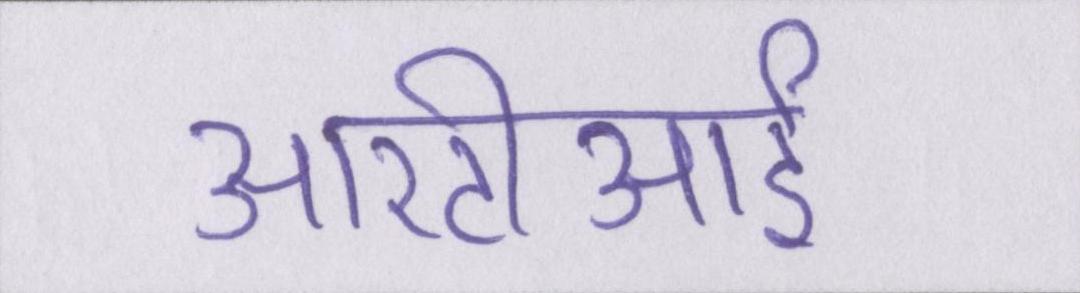
आरटीआई